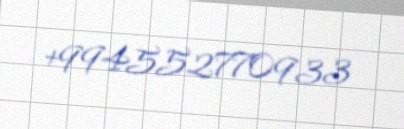
+994552770933